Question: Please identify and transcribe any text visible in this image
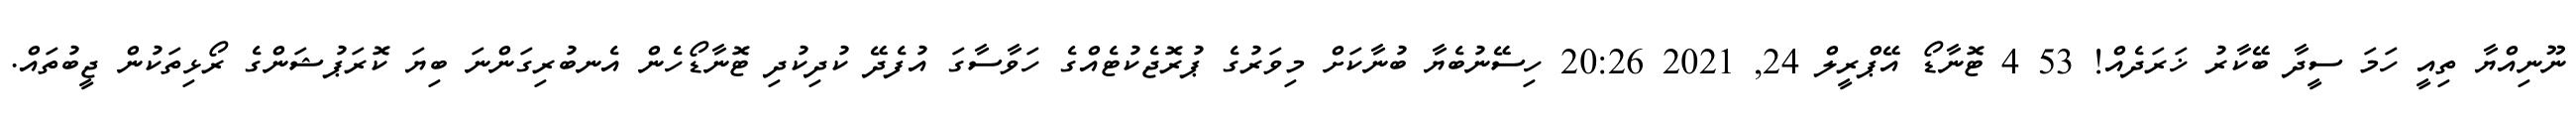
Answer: ނޫނިއްޔާ ތިއީ ހަމަ ސީދާ ބޭކާރު ޚަރަދެއް! 53 4 ޓޮނާޑޯ އޭޕްރީލް 24, 2021 20:26 ހިސޭނުބެޔާ ބުނާކަށް މިވަރުގެ ޕުރޮޖެކުޓެއްގެ ހަވާސާގަ އުފެދޭ ކުދިކުދި ޓޮނާޑޯހެން އެނބުރިގަންނަ ބިޔަ ކޮރަޕުޝަންގެ ރޯޅިތަކުން ޖީބުތައް.